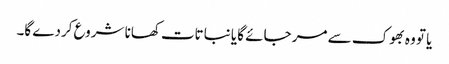
یا تو وہ بھوک سے مر جائے گا یا نباتات کھانا شروع کردے گا۔